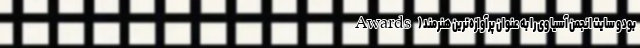
Awards) بود و سایت انجمن آسیا وی را به‌ عنوان پرآوازه‌ترین هنرمند